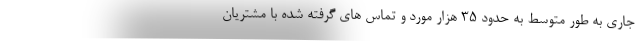
جاری به طور متوسط به حدود 35 هزار مورد و تماس های گرفته شده با مشتریان